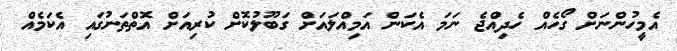
އެމީހުންނަށް ގޯހެއް ހެދިއްޖެ ނަމަ އެކަން އަމިއްލައަށް ގަބޫލުކޮށް ކުރިއަށް އޮތްތަނުގައި އެކަމެއް